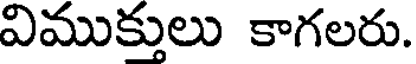
విముక్తులు కాగలరు.